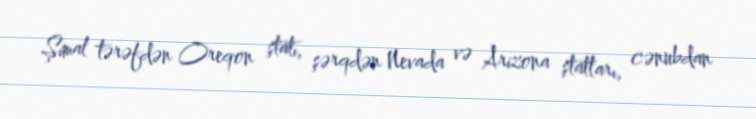
Şimal tərəfdən Oreqon ştatı, şərqdən Nevada və Arizona ştatları, cənubdan